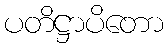
ပတိဋ္ဌာပိတော